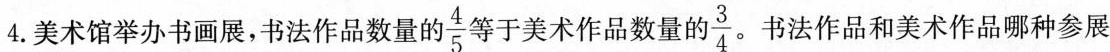
4.美术馆举办书画展，书法作品数量的 \frac{4}{5}等于美术作品数量的\frac{3}{4}。书法作品和美术作品哪种参展